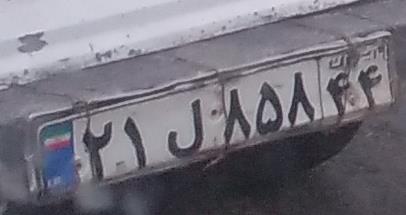
۲۱ل۸۵۸۴۴